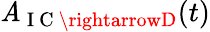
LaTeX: \mathit{A}_{\mathrm{{~I~C~}}\rightarrowD}(t)